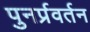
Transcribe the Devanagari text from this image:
पुनर्प्रवर्तन